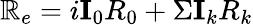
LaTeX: \mathbb{R}_{e}=i\textbf{I}_{0}R_{0}+\Sigma\textbf{I}_{k}R_{k}